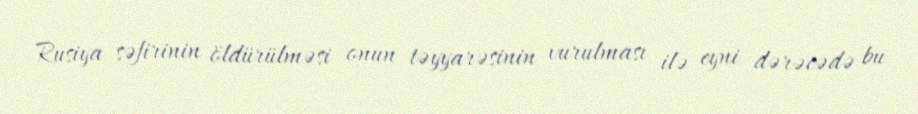
Rusiya səfirinin öldürülməsi onun təyyarəsinin vurulması ilə eyni dərəcədə bu